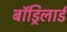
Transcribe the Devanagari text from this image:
बॉड्रिलार्ड